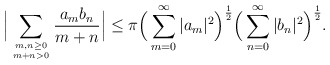
\begin{align*} \Big|\sum_{m,n\geq0 \atop m+n>0} \frac{a_mb_n}{m+n}\Big| \leq \pi\Big(\sum_{m=0}^\infty |a_m|^2\Big)^\frac{1}{2}\Big(\sum_{n=0}^\infty |b_n|^2\Big)^\frac{1}{2}.\end{align*}